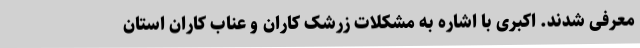
معرفی شدند. اکبری با اشاره به مشکلات زرشک کاران و عناب کاران استان